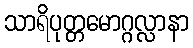
သာရိပုတ္တမောဂ္ဂလ္လာနာ